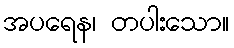
အပရေန၊ တပါးသော။